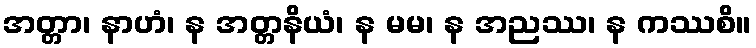
အတ္တာ၊ နာဟံ၊ န အတ္တနိယံ၊ န မမ၊ န အညဿ၊ န ကဿစိ။